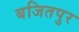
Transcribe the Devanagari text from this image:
बजितपुर